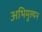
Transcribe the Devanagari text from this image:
अभिमुल्यन